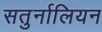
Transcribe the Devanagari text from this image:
सतुर्नालियन